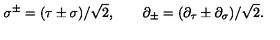
\sigma ^ { \pm } = ( \tau \pm \sigma ) / \sqrt { 2 } , \quad \quad \partial _ { \pm } = ( \partial _ { \tau } \pm \partial _ { \sigma } ) / \sqrt { 2 } .